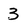
Character: 3